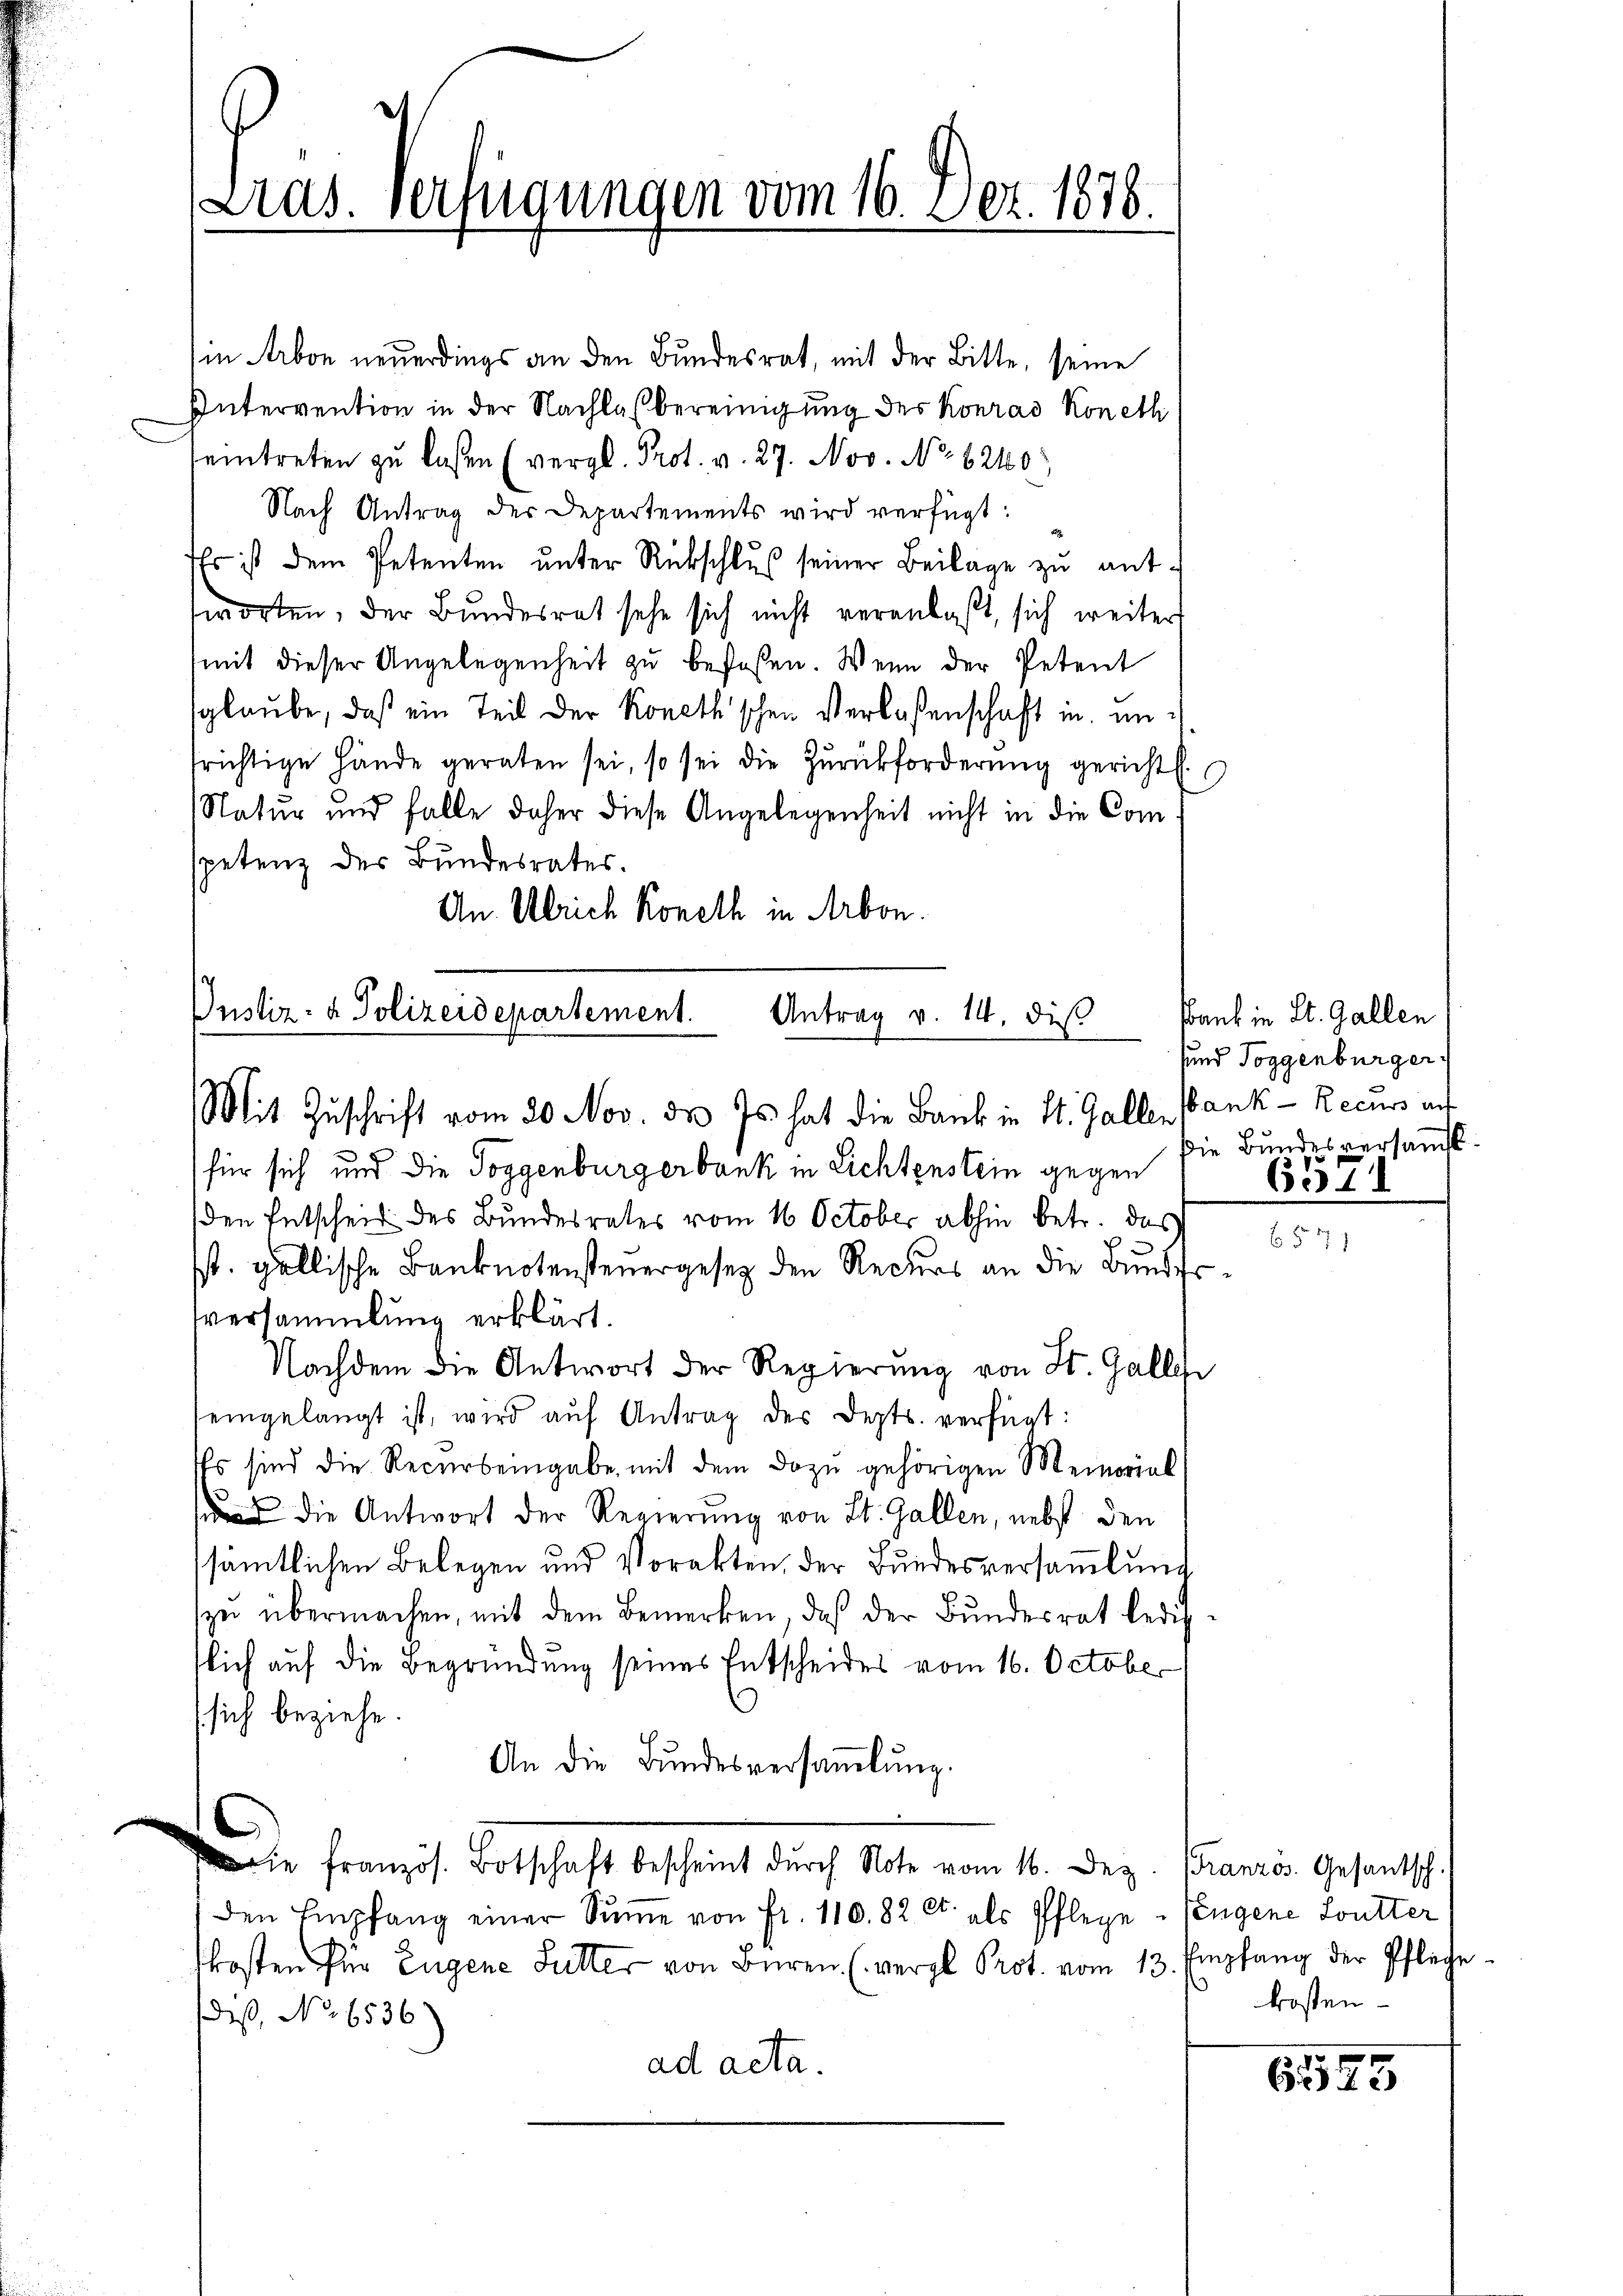
Justiz- & Polizeidepartement.
Antrag v. 14. dis
Mit Zuschrift vom 20 Nov. dr. Js. hat die Bank in St. Gallen

Pras. Verfügungen vom 16. Dez. 1878.

in Arbon neuerdings an den Bundesrat, mit der Bitte, seine
Intervention in der Nachlas bereinigung des Konrad Koneth
eintreten zu laßen (vergl. Prot. v. 27. Nov. No 6240
Nach Antrag des Departements wird verfügt:
Es ist dem Petenten unter Rückschluß seiner Beilage zu antsworten, der Bundesrat sehe sich nicht veranlaßt, sich weiter
(mit dieser Angelegenheit zu befaßen. Wenn der Petent
sglaube, daß ein Teil der Koneth'schen Verlassenschaft in unfrichtige Hände geraten sei, so sei die Zŭrückforderŭng gericht.
Natur und falle daher diese Angelegenheit nicht in die Comspetenz des Bundesrates.
An Ulrich Koneth in Arbon.

sbank in St. Gallen
sund Toggenbürger
ank- Recurs auf
Die Bundesversamst

für sich und die Toggenburgerbank in Lichtenstein gegen
den Entscheid des Bundesrates vom 16. October abhin betr. das
sst. gallische Banknotensteuergesetz den Recurs an die Bundestversammlung erklärt.
Nachdem die Antwort der Regierung von St. Gallei
seingelangt ist, wird aŭf Antrag des Depts. verfügt:
Es sind die Recurseingabe, mit dem dazu gehörigen Memorial
 die Antwort der Regierung von St. Gallen, nebst den
sämtlichen Belegen und Vorakten, der Bundesversamlung
zŭ übermachen, mit dem Bemerken, daß der Bŭndesrat ledigflich auf die Begründung seines Entscheides vom 16. October
(sich beziehe.
An die Bundesversaṁlŭng.
Die französ. Botschaft bescheint durch Note vom 16. Dez. Französ. Gesantsch.
den Empfang einer Sŭṁe von fr. 110. 82 Ct. als Pflege Eingene Loutter
kosten für Eugene Futter von Büren (vergl. Prot. vom 13. Empfang der Pflege
daß, No. 6536)
ad acta.

6571

kosten.

625